Medical and sanitary report of the native army of Bengal for the year
Year: 1878
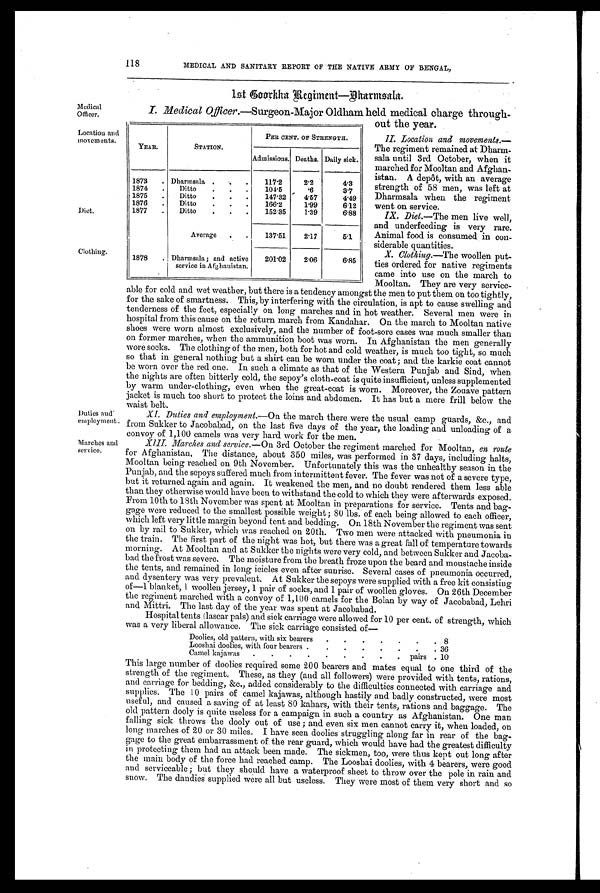
118 MEDICAL AND SANITARY REPORT OF THE NATIVE ARMY OF BENGAL,
1 s t C o o r k h a R e g i m e n t — D h a r m s a l a .
Medical
Officer.
Location and
movements.
Diet.
Clothing.
Duties and
employment.
Marches and
service.
I. Medical Officer. —Surgeon-Major Oldham held medical charge through
-out the year.
II. Location and movements. —
The regiment remained at Dharm
-sala until 3rd October, when it
marched for Mooltan and Afghan
-istan. A depôt, with an average
strength of 58 men, was left at
Dharmsala when the regiment
went on service.
IX. Diet.—The men live well,
and underfeeding is very rare.
Animal food is consumed in con
- s i d e r a b l e q u a n t i t i e s .
X. Clothing.—The woollen put
- t i e s o r d e r e d f o r n a t i v e r e g i m e n t s
came into use on the march to
Mooltan. They are very service-
able for cold and wet weather, but there is a tendency amongst the men to put them on too tightly,
for the sake of smartness. This, by interfering with the circulation, is apt to cause swelling and
tenderness of the feet, especially on long marches and in hot weather. Several men were in
hospital from this cause on the return march from Kandahar. On the march to Mooltan native
shoes were worn almost exclusively, and the number of foot-sore cases was much smaller than
on former marches, when the ammunition boot was worn. In Afghanistan the men generally
wore socks. The clothing of the men, both for hot and cold weather, is much too tight, so much
so that in general nothing but a shirt can be worn under the coat ; and the karkie coat cannot
be worn over the red one. In such a climate as that of the Western Punjab and Sind, when
the nights are often bitterly cold, the sepoy's cloth-coat is quite insufficient, unless supplemented
by warm under-clothing, even when the great-coat is worn. Moreover, the Zouave pattern
jacket is much too short to protect the loins and abdomen. It has but a mere frill below the
waist belt.
XI. Duties and employment. —On the march there were the usual camp guards, &c., and
from Sukker to Jacobabad, on the last five clays of the year, the loading and unloading of a
convoy of 1,100 camels was very hard work for the men.
XIII. Marches and service. —On 3rd October the regiment marched for Mooltan, en route
for Afghanistan. The distance, about 350 miles, was performed in 37 days, including halts,
Mooltan being reached on 9th November. Unfortunately this was the unhealthy season in the
Punjab, and the sepoys suffered much from intermittent fever. The fever was not of a severe type,
but it returned again and again. It weakened the men, and no doubt rendered them less able
than they otherwise would have been to withstand the cold to which they were afterwards exposed.
From 10th to 18th November was spent at Mooltan in preparations for service. Tents and bag
-gage were reduced to the smallest possible weight; 80 lbs. of each being allowed to each officer,
which left very little margin beyond tent and bedding. On 18th November the regiment was sent
on by rail to Sukker, which was reached on 20th. Two men were attacked with pneumonia in
the train. The first part of the night was hot, but there was a great fall of. temperature towards
morning. At Mooltan and at Sukker the nights were very cold, and between Sukker and Jacoba
-bad the frost was severe. The moisture from the breath froze upon the beard and moustache inside
the tents, and remained in long icicles even after sunrise. Several cases of pneumonia occurred,
and dysentery was very prevalent. At Sukker the sepoys were supplied with a free kit consisting
of—1 blanket, 1 woollen jersey, 1 pair of socks, and 1 pair of woollen gloves. On 26th December
the regiment marched with a convoy of 1,100 camels for the Bolan by way of Jacobabad, Lehri
and Mittri. The last day of the year was spent at Jacobabad.
Hospital tents (lascar pals) and sick carriage were allowed for 10 per cent. of strength, which
was a very liberal allowance. The sick carriage consisted of—
Doolies, old pattern, with six bearers.
.
. .
.
. 8
Looshai doolies, with four bearers . .
. . . .
. 36
Camel kajawas .
. Pairs . 10
This large number of doolies required some 200 bearers and mates equal to one third of the
strength of the regiment. These, as they (and all followers) were provided with tents, rations,
and carriage for bedding, &c., added considerably to the difficulties connected with carriage and
supplies. The 10 pairs of camel kajawas, although hastily and badly constructed, were most
useful, and caused a saving of at least 80 kahars, with their tents, rations and baggage. The
old pattern dooly is quite useless for a campaign in such a country as Afghanistan. One man
falling sick throws the dooly out of use ; and even six men cannot carry it, when loaded, on
long marches of 20 or 30 miles. I have seen doolies struggling along far in rear of the bag
- g a g e t o t h e g r e a t e m b a r r a s s m e n t o f t h e r e a r g u a r d , w h i c h w o u l d h a v e h a d t h e g r e a t e s t d i f f i c u l t y
in protecting them had an attack been made. The sickmen, too, were thus kept out long after
the main body of the force had reached camp. The Looshai doolies, with 4 bearers, were good
and serviceable ; but they should have a waterproof sheet to throw over the pole in rain and
snow. The dandies supplied were all but useless. They were most of them very short and so
YEAR.
STATION.
PER CENT. OF STRENGTH.
Admissions. Deaths. Daily sick.
1873 . Dharmsala .
.
117.2
2.2
4.3
1874 . Ditto
. . .
104.5 .6
3.7
1875
Ditto . . .
147.32
4.57
4.49
1876 . Ditto
. . .
166.2
1.99
6.12
1877 . Ditto
. . .
152.35
1.39
6.88
Average . .
137.51
2.17
5.1
1878 . Dharmsala ; and active
service in Afghanistan.
201.02 2.06
6.85